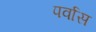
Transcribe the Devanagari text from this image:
पर्वास